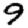
Digit: 9